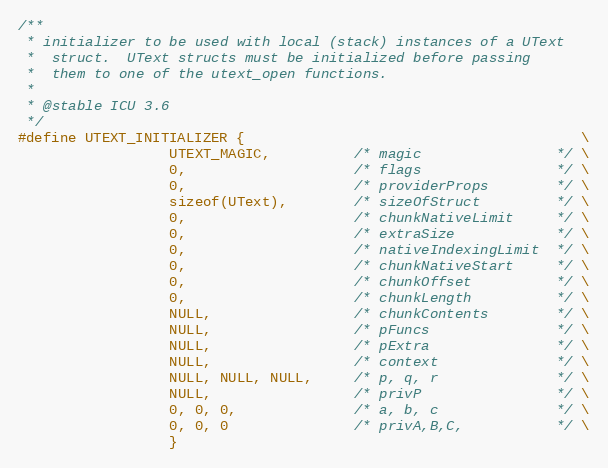
Language: C
/**
 * initializer to be used with local (stack) instances of a UText
 *  struct.  UText structs must be initialized before passing
 *  them to one of the utext_open functions.
 *
 * @stable ICU 3.6
 */
#define UTEXT_INITIALIZER {                                        \
                  UTEXT_MAGIC,          /* magic                */ \
                  0,                    /* flags                */ \
                  0,                    /* providerProps        */ \
                  sizeof(UText),        /* sizeOfStruct         */ \
                  0,                    /* chunkNativeLimit     */ \
                  0,                    /* extraSize            */ \
                  0,                    /* nativeIndexingLimit  */ \
                  0,                    /* chunkNativeStart     */ \
                  0,                    /* chunkOffset          */ \
                  0,                    /* chunkLength          */ \
                  NULL,                 /* chunkContents        */ \
                  NULL,                 /* pFuncs               */ \
                  NULL,                 /* pExtra               */ \
                  NULL,                 /* context              */ \
                  NULL, NULL, NULL,     /* p, q, r              */ \
                  NULL,                 /* privP                */ \
                  0, 0, 0,              /* a, b, c              */ \
                  0, 0, 0               /* privA,B,C,           */ \
                  }